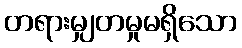
တရားမျှတမှုမရှိသော